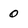
Character: 0